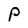
Character: P